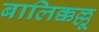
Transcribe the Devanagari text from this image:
बालिक्कल्लू